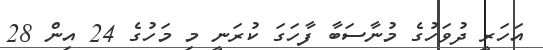
އަަހަރީ ދުވަހުގެ މުނާސަބާ ފާހަގަ ކުރަނީ މި މަހުގެ 24 އިން 28